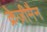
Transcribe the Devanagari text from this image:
क्रेज़ीमैन